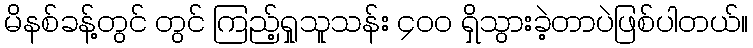
မိနစ်ခန့်တွင် တွင် ကြည့်ရှုသူသန်း ၄၀၀ ရှိသွားခဲ့တာပဲဖြစ်ပါတယ်။